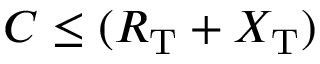
C \leq ( R _ { \mathrm { T } } + X _ { \mathrm { T } } )